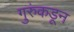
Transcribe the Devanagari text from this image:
गुरुंकडून